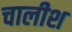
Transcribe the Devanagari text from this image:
चालीश